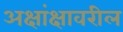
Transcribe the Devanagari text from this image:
अक्षांक्षावरील